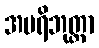
အပရိဘုတ္တာ